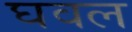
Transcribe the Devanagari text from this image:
घवल